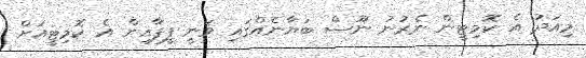
މިއަދު އެ ކޮމިޓީން ނެރުނު ނޫސް ބަޔާނެއްގައި ވަނީ ފީފާއިން އެ ކޮމިޓީއަށް